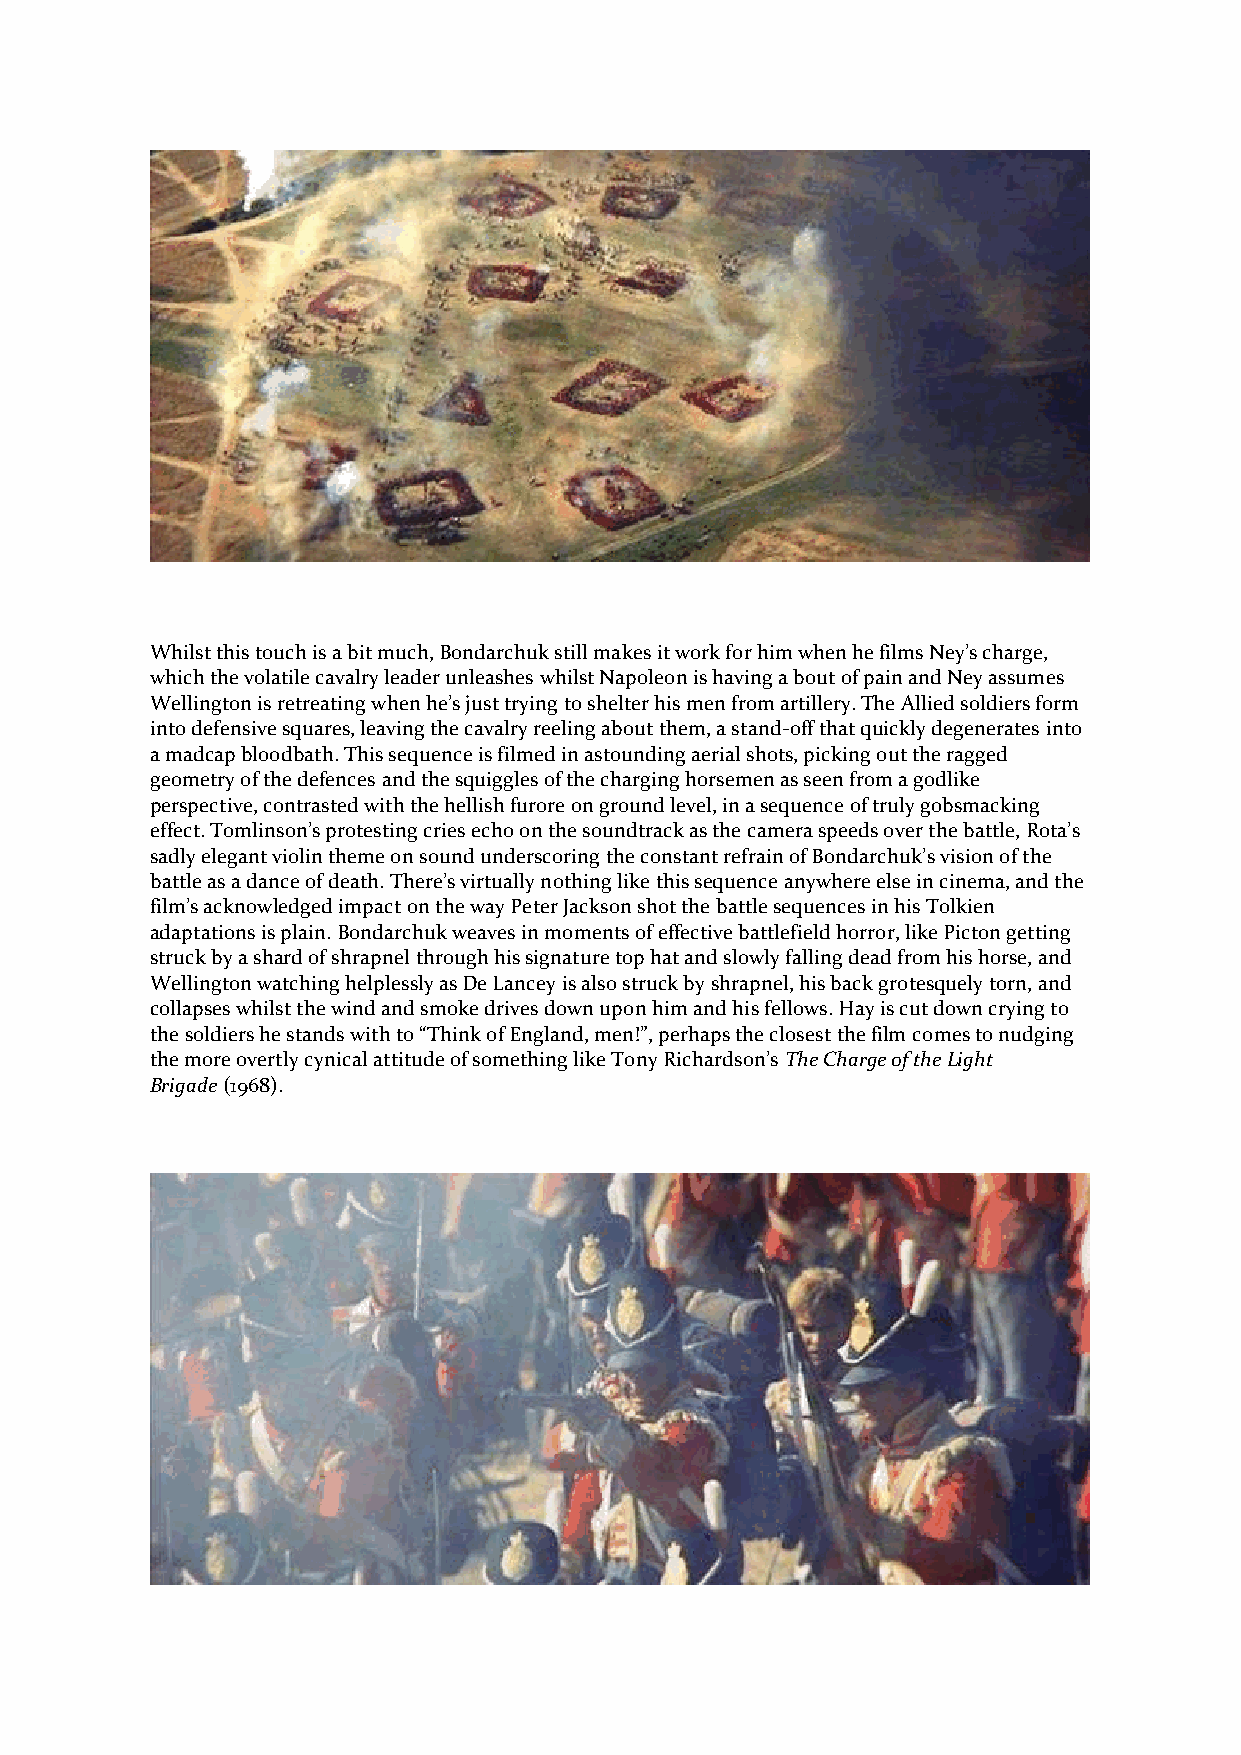
Whilst this touch is a bit much, Bondarchuk still makes it work for him when he films Ney’s charge,
 which the volatile cavalry leader unleashes whilst Napoleon is having a bout of pain and Ney assumes
 Wellington is retreating when he’s just trying to shelter his men from artillery. The Allied soldiers form
 into defensive squares, leaving the cavalry reeling about them, a stand-off that quickly degenerates into
 a madcap bloodbath. This sequence is filmed in astounding aerial shots, picking out the ragged
 geometry of the defences and the squiggles of the charging horsemen as seen from a godlike
 perspective, contrasted with the hellish furore on ground level, in a sequence of truly gobsmacking
 effect. Tomlinson’s protesting cries echo on the soundtrack as the camera speeds over the battle, Rota’s
 sadly elegant violin theme on sound underscoring the constant refrain of Bondarchuk’s vision of the
 battle as a dance of death. There’s virtually nothing like this sequence anywhere else in cinema, and the
 film’s acknowledged impact on the way Peter Jackson shot the battle sequences in his Tolkien
 adaptations is plain. Bondarchuk weaves in moments of effective battlefield horror, like Picton getting
 struck by a shard of shrapnel through his signature top hat and slowly falling dead from his horse, and
 Wellington watching helplessly as De Lancey is also struck by shrapnel, his back grotesquely torn, and
 collapses whilst the wind and smoke drives down upon him and his fellows. Hay is cut down crying to
 the soldiers he stands with to “Think of England, men!”, perhaps the closest the film comes to nudging
 the more overtly cynical attitude of something like Tony Richardson’s The Charge of the Light
 Brigade (1968).